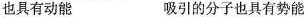
也具有动能 吸引的分子也具有势能